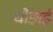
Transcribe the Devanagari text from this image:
चौङाई